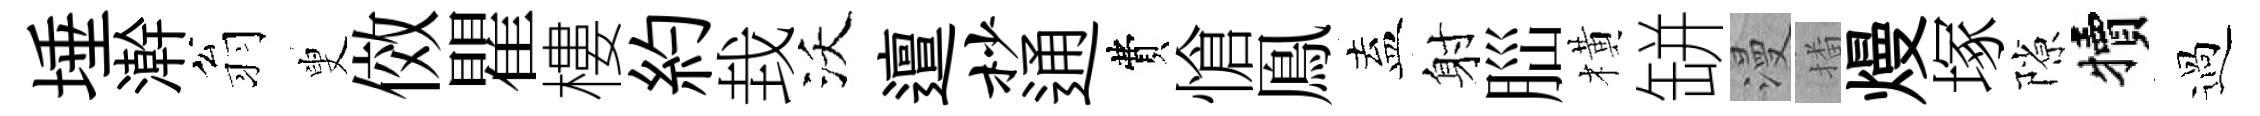
埵澣翁叟傚瞿樓約㘽沃邅杪通費愴鳯盍射𦛁橫缾漫播熳塚隙犢過